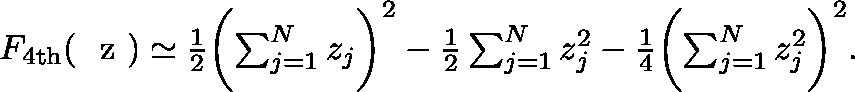
\begin{array} { r } { F _ { \mathrm { 4 t h } } ( \mathrm { ~ \boldmath ~ z ~ } ) \simeq \frac { 1 } { 2 } \biggl ( \sum _ { j = 1 } ^ { N } z _ { j } \biggr ) ^ { 2 } - \frac { 1 } { 2 } \sum _ { j = 1 } ^ { N } z _ { j } ^ { 2 } - \frac { 1 } { 4 } \biggl ( \sum _ { j = 1 } ^ { N } z _ { j } ^ { 2 } \biggr ) ^ { 2 } . } \end{array}